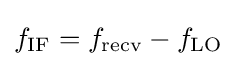
f_{\text{IF}}=f_{\text{recv}}-f_{\text{LO}}